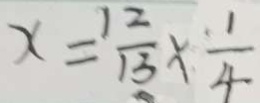
x = \frac { 1 2 } { 1 3 } \times \frac { 1 } { 4 }